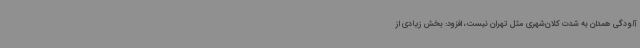
آلودگی همدان به شدت کلان‌شهری مثل تهران نیست، افزود: بخش زیادی از